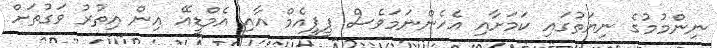
ނިންމުމުގެ ނިޔަތުގައި ކަމަށާއި އެހެންނަމަވެސް ޕީޕީއެމް އާއި އެމްޑީއޭ އިން އިތުރު ވަގުތަށް